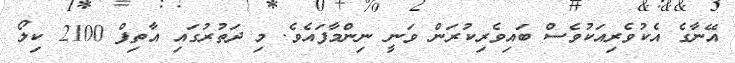
އޭނާގެ އެކުވެރިއަކުވެސް ބައިވެރިކުރަން ވަނީ ނިންމާފައެވެ. މި ދަތުރުގައި އާތިފް 2100 ކިލޯ